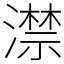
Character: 澿